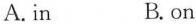
A.in B. on